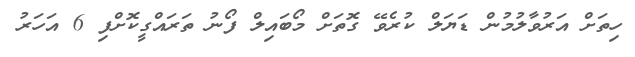
ހިތަށް އަރުވާލުމުން ޑަޔަލް ކުރެވޭ ގޮތަށް މޯބައިލް ފޯނު ތަރައްގީކޮށްފި 6 އަހަރު